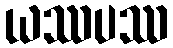
ယဿပဿ